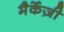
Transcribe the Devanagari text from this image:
मैर्केज़ी